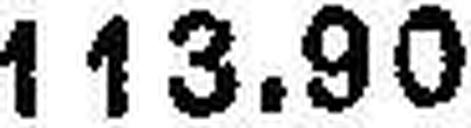
113.90